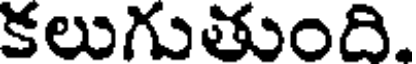
కలుగుతుంది.